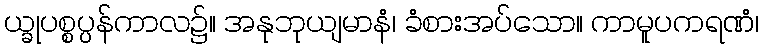
ယ္ခုပစ္စပ္ပန်ကာလ၌။ အနုဘုယျမာနံ၊ ခံစားအပ်သော။ ကာမူပကရဏံ၊